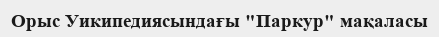
Орыс Уикипедиясындағы "Паркур" мақаласы